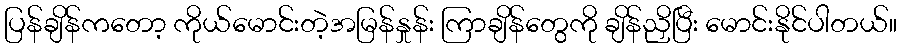
ပြန်ချိန်ကတော့ ကိုယ်မောင်းတဲ့အမြန်နှုန်း ကြာချိန်တွေကို ချိန်ညှိပြီး မောင်းနိုင်ပါတယ်။